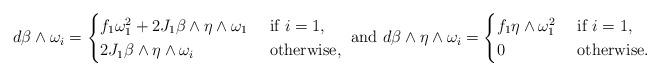
LaTeX: \begin{align*}d\beta\wedge\omega_i = \begin{cases}f_1\omega_1^2 + 2J_1\beta\wedge\eta\wedge\omega_1 & \mbox{ if }i=1,\\2J_1\beta\wedge\eta\wedge\omega_i & \mbox{ otherwise},\end{cases}\mbox{ and }d\beta\wedge\eta\wedge\omega_i = \begin{cases}f_1\eta\wedge\omega_1^2 & \mbox{ if }i=1,\\0 & \mbox{ otherwise}.\end{cases}\end{align*}